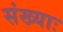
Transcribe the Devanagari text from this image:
संख्याः